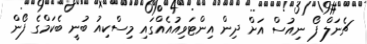
ޗެނަލް ފޯ ނިއުސް އަށް ދިން އިންޓަވިއުއެއްގައި މިސްކިއު ބުނީ ބެކަމްގެ ފޯން